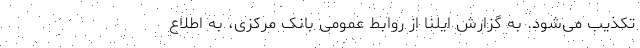
تکذیب می‌شود. به گزارش ایلنا از روابط عمومی بانک مرکزی، به اطلاع